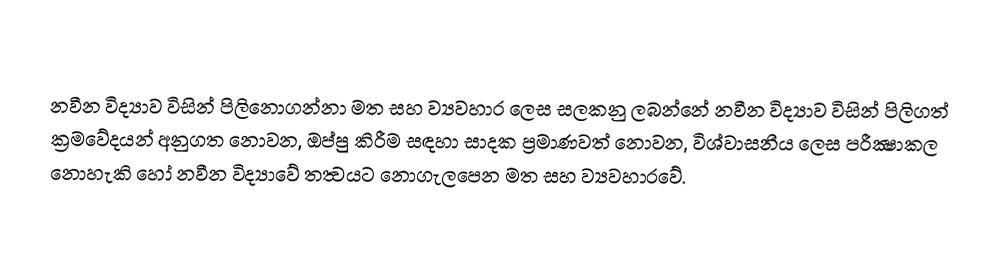
නවීන විද්‍යාව විසින් පිලිනොගන්නා මත සහ ව්‍යවහාර ලෙස සලකනු ලබන්නේ නවීන විද්‍යාව විසින් පිලිගත් ක්‍රමවේදයන් අනුගත නොවන, ඔප්පු කිරීම සඳහා සාදක ප්‍රමාණවත් නොවන, විශ්වාසනීය ලෙස පරීක්‍ෂාකල නොහැකි හෝ නවීන විද්‍යාවේ තත්‍වයට නොගැලපෙන මත සහ ව්‍යවහාරවේ.